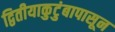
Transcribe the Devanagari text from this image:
द्वितीयाकुटुंबापासून